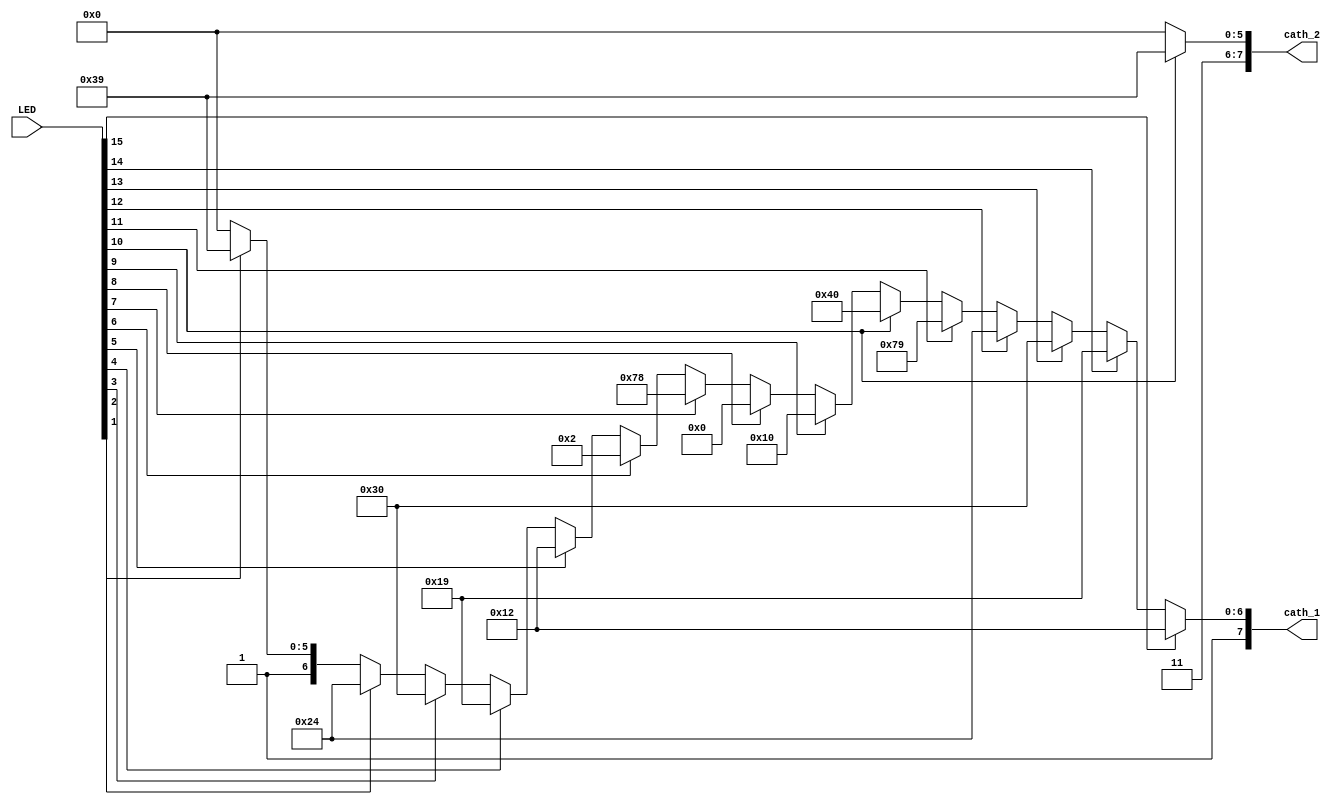
`timescale 1ns / 1ps
//////////////////////////////////////////////////////////////////////////////////
// Company: 
// Engineer: 
// 
// Design Name: 
// Module Name: output_decimal
// Project Name: 
// Target Devices: 
// Tool Versions: 
// Description: 
// 
// Dependencies: 
// 
// Revision:
// Revision 0.01 - File Created
// Additional Comments:
// 
//////////////////////////////////////////////////////////////////////////////////


module output_decimal(
    input [15:0] LED,
    output [7:0] cath_1, cath_2
    );
    
    assign cath_1 = LED[15] ? 8'b10010010 : 
                    LED[14] ? 8'b10011001 :
                    LED[13] ? 8'b10110000 :
                    LED[12] ? 8'b10100100 : 
                    LED[11] ? 8'b11111001 :
                    LED[10] ? 8'b11000000 :
                    LED[9] ? 8'b10010000 : 
                    LED[8] ? 8'b10000000 :
                    LED[7] ? 8'b11111000 :
                    LED[6] ? 8'b10000010 :
                    LED[5] ? 8'b10010010 : 
                    LED[4] ? 8'b10011001 :
                    LED[3] ? 8'b10110000 :
                    LED[2] ? 8'b10100100 : 
                    LED[1] ? 8'b11111001 :
                    8'b11000000;
                    
    assign cath_2 = LED[10] ? 8'b11111001 : 8'b11000000;
    
endmodule